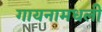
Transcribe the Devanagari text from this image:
गायनामधली